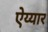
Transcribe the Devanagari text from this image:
ऐय्यार